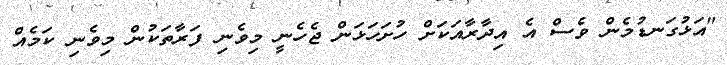
"އަޅުގަނޑުމެން ވެސް އެ އިދާރާއަކަށް ހުށަހަޅަން ޖެހެނީ މިވެނި ފަރާތަކުން މިވެނި ކަމެއް